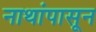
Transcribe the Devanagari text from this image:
नाथांपासून